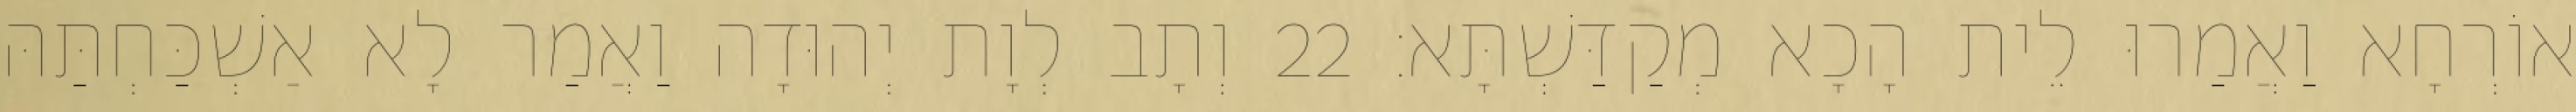
אוֹרְחָא וַאֲמַרוּ לֵית הָכָא מְקַדַּשְׁתָּא׃ 22 וְתָב לְוָת יְהוּדָה וַאֲמַר לָא אַשְׁכַּחְתַּהּ